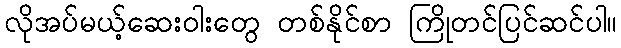
လိုအပ်မယ့်ဆေးဝါးတွေ တစ်နိုင်စာ ကြိုတင်ပြင်ဆင်ပါ။